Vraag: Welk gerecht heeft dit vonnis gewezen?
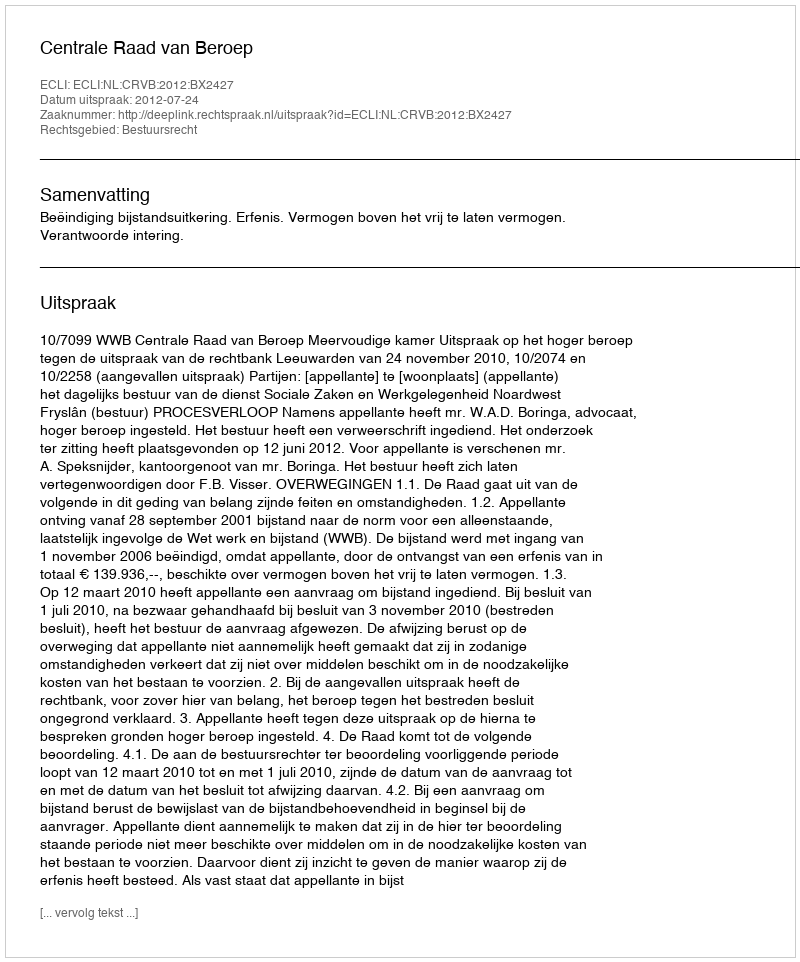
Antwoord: Centrale Raad van Beroep